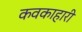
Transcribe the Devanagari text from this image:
कवकाहारी